Indian journal of veterinary science and animal husbandry - Volumes 28-29, 1958-1959
Year: 1958
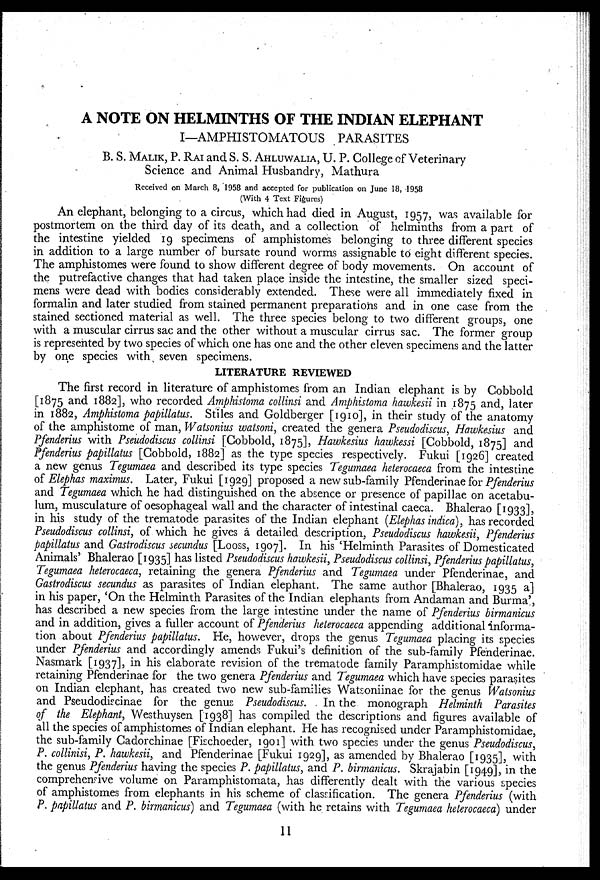
A NOTE ON HELMINTHS OF THE INDIAN ELEPHANT
I—AMPHISTOMATOUS PARASITES
B. S. MALIK, P. RAI and S. S. AHLUWALIA, U. P. College of Veterinary
Science and Animal Husbandry, Mathura
Received on March 8, 1958 and accepted for publication on June 18, 1958
(With 4 Text Figures)
An elephant, belonging to a circus, which had died in August, 1957, was available for
postmortem on the third day of its death, and a collection of helminths from a part of
the intestine yielded 19 specimens of amphistomes belonging to three different species
in addition to a large number of bursate round worms assignable to eight different species.
The amphistomes were found to show different degree of body movements. On account of
the putrefactive changes that had taken place inside the intestine, the smaller sized speci-
mens were dead with bodies considerably extended. These were all immediately fixed in
formalin and later studied from stained permanent preparations and in one case from the
stained sectioned material as well. The three species belong to two different groups, one
with a muscular cirrus sac and the other without a muscular cirrus sac. The former group
is represented by two species of which one has one and the other eleven specimens and the latter
by one species with seven specimens.
LITERATURE REVIEWED
The first record in literature of amphistomes from an Indian elephant is by Cobbold
[1875 and 1882], who recorded Amphistoma collinsi and Amphistoma hawkesii in 1875 and, later
in 1882, Amphistoma papillatus. Stiles and Goldberger [1910], in their study of the anatomy
of the amphistome of man, Watsonius watsoni, created the genera Pseudodiscus, Hawkesius and
Pfenderius with Pseudodiscus collinsi [Cobbold, 1875], Hawkesius hawkessi [Cobbold, 1875] and
Pfenderius papillatus [Cobbold, 1882] as the type species respectively. Fukui [1926] created
a new genus Tegumaea and described its type species Tegumaea heterocaeca from the intestine
of Elephas maximus. Later, Fukui [1929] proposed a new sub-family Pfenderinae for Pfenderius
and Tegumaea which he had distinguished on the absence or presence of papillae on acetabu-
lum, musculature of oesophageal wall and the character of intestinal caeca. Bhalerao [1933],
in his study of the trematode parasites of the Indian elephant (Elephas indica), has recorded
Pseudodiscus collinsi, of which he gives a detailed description, Pseudodiscus hawkesii, Pfenderius
papillatus and Gastrodiscus secundus [Looss, 1907]. In his 'Helminth Parasites of Domesticated
Animals' Bhalerao [1935] has listed Pseudodiscus hawkesii, Pseudodiscus collinsi, Pfenderius papillatus,
Tegumaea heterocaeca, retaining the genera Pfenderius and Tegumaea under Pfenderinae, and
Gastrodiscus secundus as parasites of Indian elephant. The same author [Bhalerao, 1935 a]
in his paper, 'On the Helminth Parasites of the Indian elephants from Andaman and Burma',
has described a new species from the large intestine under the name of Pfenderius birmanicus
and in addition, gives a fuller account of Pfenderius heterocaeca appending additional informa-
tion about Pfenderius papillatus. He, however, drops the genus Tegumaea placing its species
under Pfenderius and accordingly amends Fukui's definition of the sub-family Pfenderinae.
Nasmark [1937], in his elaborate revision of the trematode family Paramphistomidae while
retaining Pfenderinae for the two genera Pfenderius and Tegumaea which have species parasites
on Indian elephant, has created two new sub-families Watsoniinae for the genus Watsonius
and Pseudodiscinae for the genus Pseudodiscus. In the monograph Helminth Parasites
of the Elephant, Westhuysen [1938] has compiled the descriptions and figures available of
all the species of amphistomes of Indian elephant. He has recognised under Paramphistomidae,
the sub-family Cadorchinae [Fischoeder, 1901] with two species under the genus Pseudodiscus,
P. collinisi, P. hawkesii, and Pfenderinae [Fukui 1929], as amended by Bhalerao [1935], with
the genus Pfenderius having the species P. papillatus, and P. birmanicus. Skrajabin [1949], in the
comprehensive volume on Paramphistomata, has differently dealt with the various species
of amphistomes from elephants in his scheme of classification. The genera Pfenderius (with
P. papillatus and P. birmanicus) and Tegumaea (with he retains with Tegumaea heterocaeca) under
11